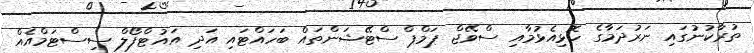
ތުރާކުނުގައި ނަރުދަމާގެ ހޮޅިއެޅުމާއި ސްވޭޖް ޕަމްޕް ސްޓޭޝަންތައް ބަހައްޓައި އަދި އައުޓްފޯލް ސިސްޓަމްއެއް